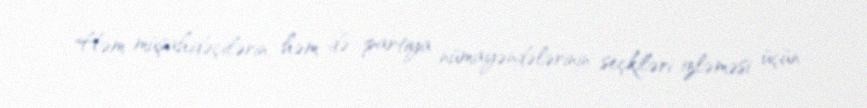
Həm müşahidəçilərin, həm də partiya nümayəndələrinin seçkiləri izləməsi üçün